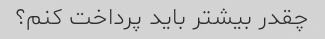
چقدر بیشتر باید پرداخت کنم؟